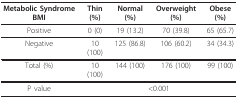
| Metabolic Syndrome BMI | Thin (%) | Normal (%) | Overweight (%) | Obese (%) |
 | --- | --- | --- | --- | --- |
 | Positive | 0 (0) | 19 (13.2) | 70 (39.8) | 65 (65.7) |
 | Negative | 10 (100) | 125 (86.8) | 106 (60.2) | 34 (34.3) |
 | Total (%) | 10 (100) | 144 (100) | 176 (100) | 99 (100) |
 | P value | <COLSPAN=4> <0.001 |